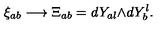
\xi _ { a b } \longrightarrow \Xi _ { a b } = d Y _ { a l } { \wedge } { d Y ^ { l } _ { b } } .